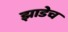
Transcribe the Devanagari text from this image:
झाडेच